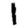
Digit: 1